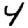
Digit: 4